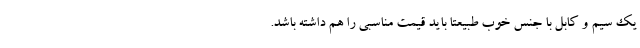
یک سیم و کابل با جنس خوب طبیعتا باید قیمت مناسبی را هم داشته باشد.